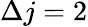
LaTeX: \Delta j=2